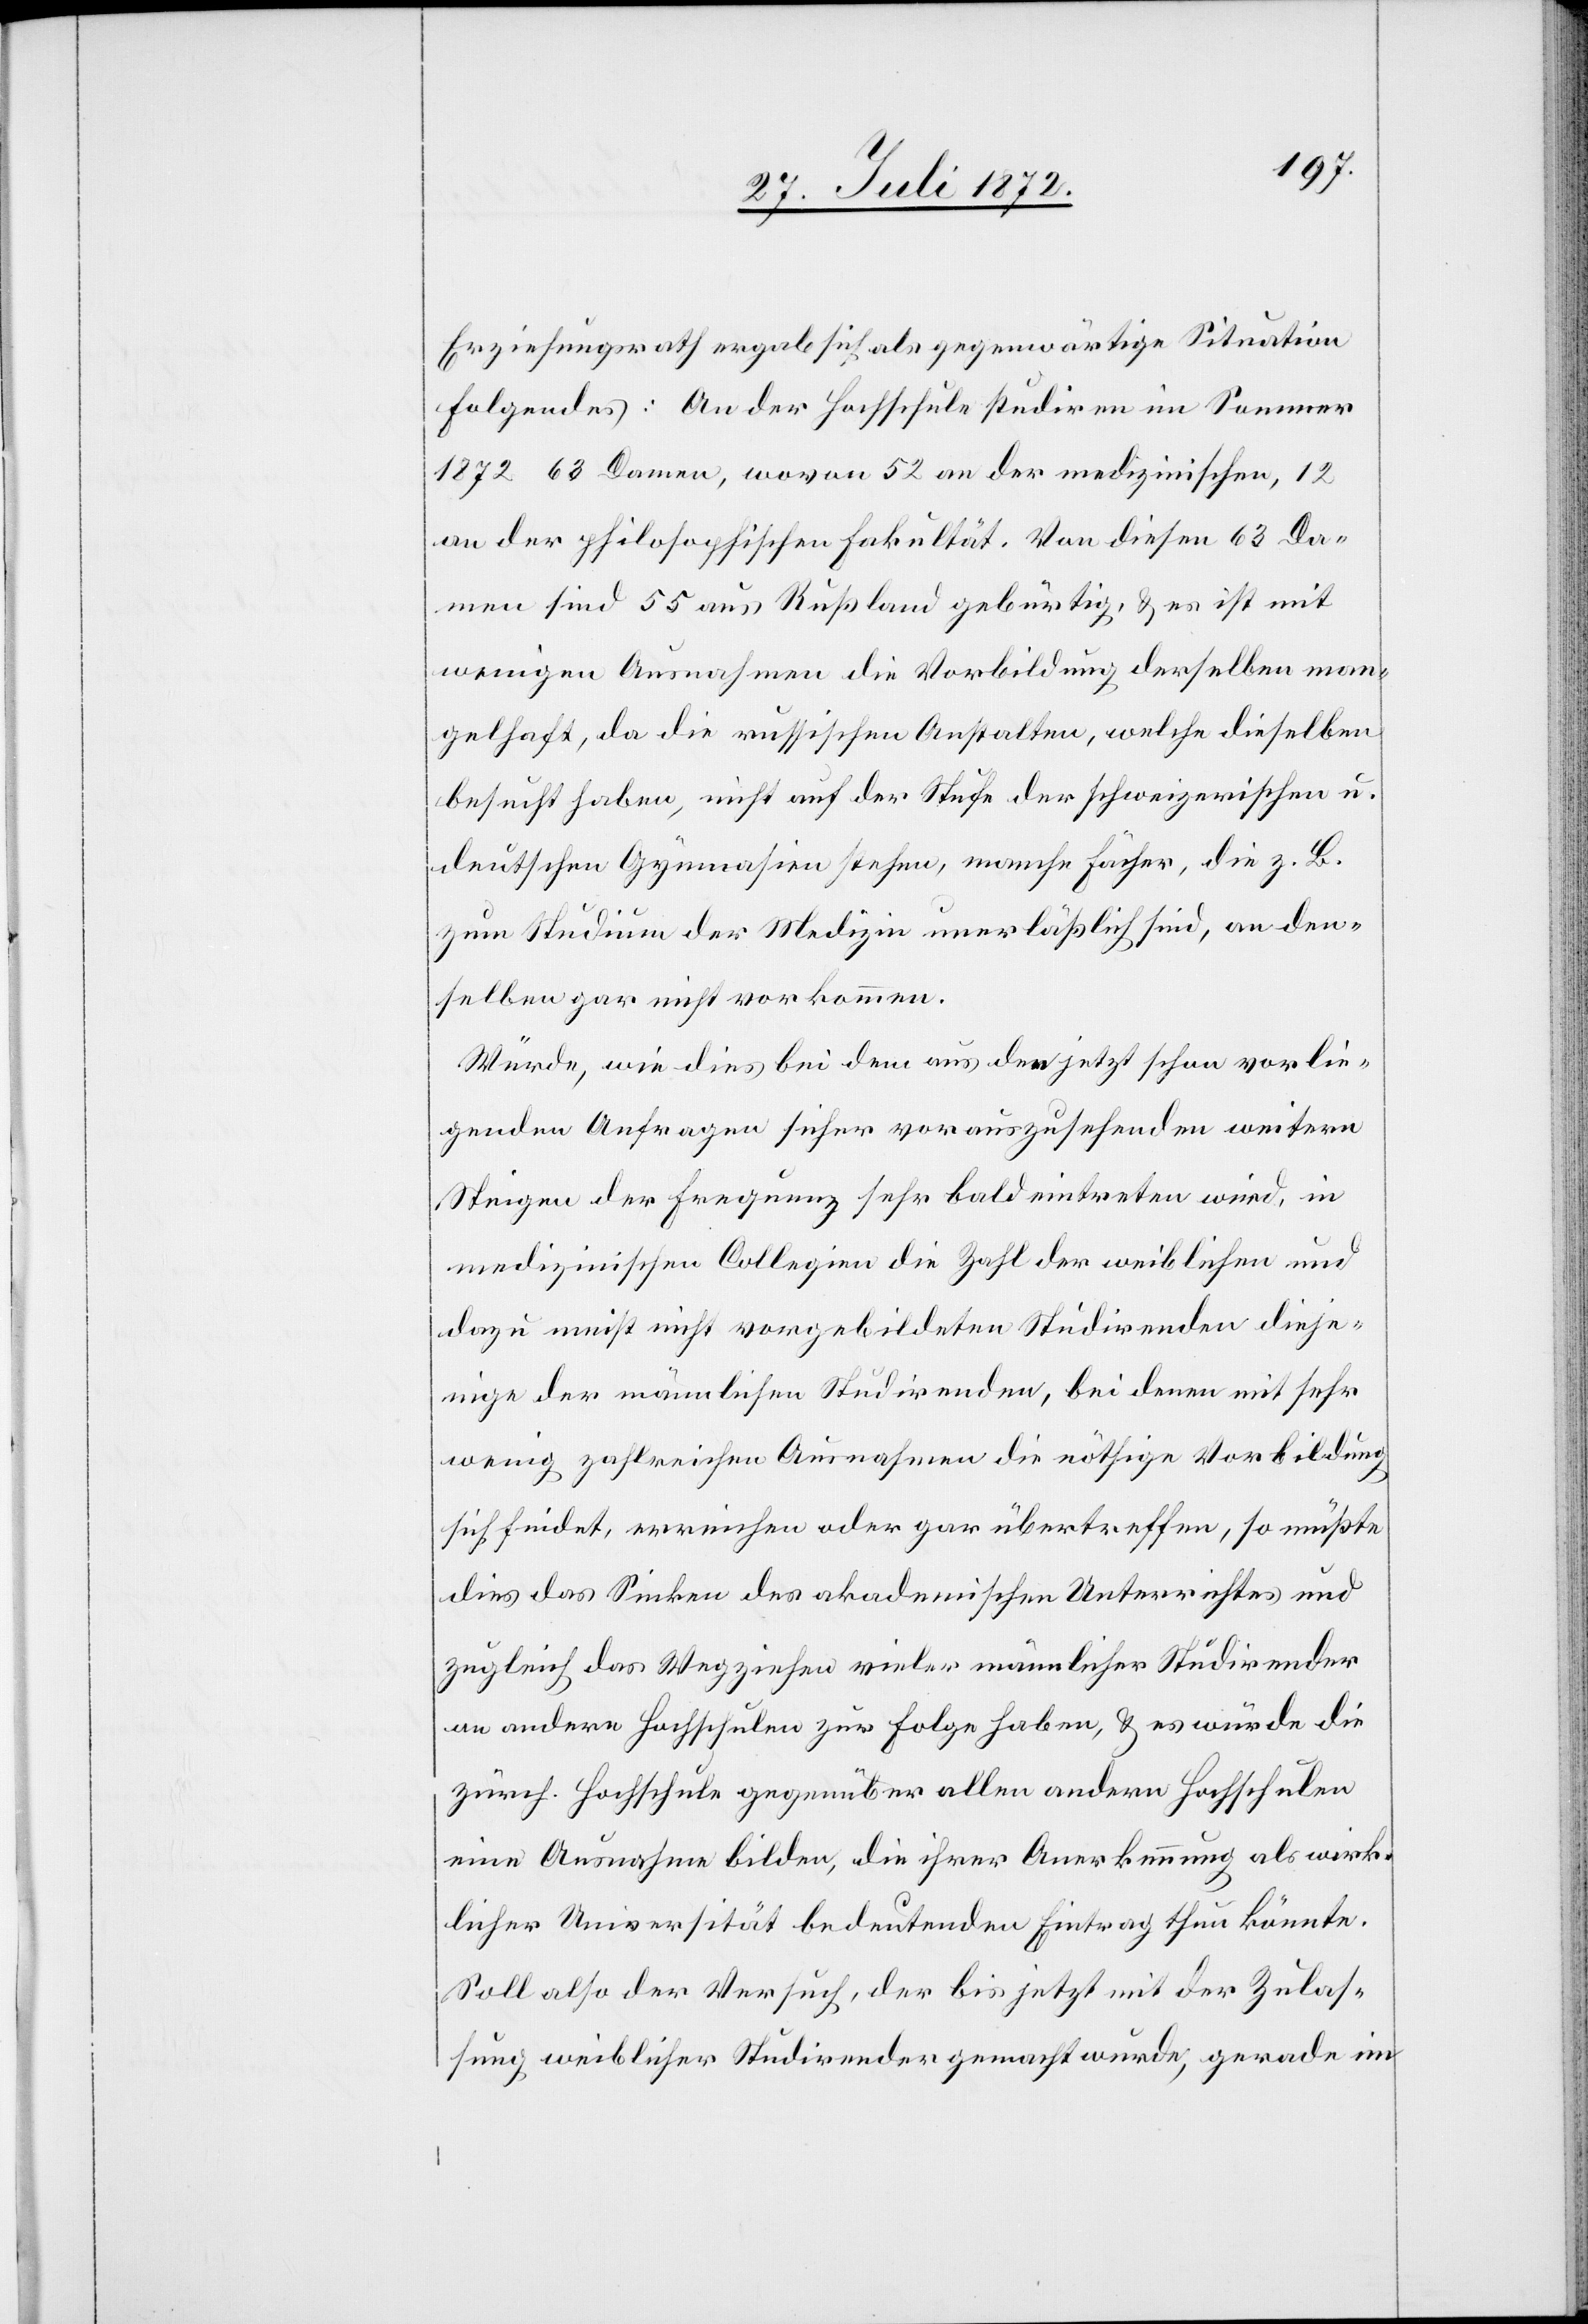
Erziehungsrath ergab sich als gegenwärtige Situation
folgendes: An der Hochschule studiren im Sommer
1872 63 Damen, wovon 52 an der medizinischen, 12
an der philosophischen Fakultät. Von diesen 63 Da¬
men sind 55 aus Rußland gebürtig, u. es ist mit
wenigen Ausnahmen die Vorbildung derselben man¬
gelhaft, da die russischen Anstalten, welche dieselben
besucht haben, nicht auf der Stufe der schweizerischen u,
deutschen Gymnasien stehen, manche Fächer, die z. B.
zum Studium der Medizin unerläßlich sind, an den¬
selben gar nicht vorkommen.
Würde, wie dies bei dem aus den jetzt schon vorlie¬
genden Anfragen sicher vorauszusehenden weitern
Steigen der Frequenz sehr bald eintreten wird, in
medizinischen Collegien die Zahl der weiblichen und
dazu meist nicht vorgebildeten Studirenden dieje¬
nige der männlichen Studirenden, bei denen mit sehr
wenig zahlreichen Ausnahmen die nöthige Vorbildung
sich findet, erreichen oder gar übertreffen, so müßte
dies das Sinken des akademischen Unterrichtes und
zugleich das Wegziehen vieler männlicher Studirender
an andere Hochschulen zur Folge haben, u. es würde die
zürch. Hochschule gegenüber allen andern Hochschulen
eine Ausnahme bilden, die ihrer Anerkennung als wirk¬
licher Universität bedeutenden Eintrag thun könnte.
Soll also der Versuch, der bis jetzt mit der Zulas¬
sung weiblicher Studirender gemacht wurde, gerade im